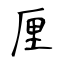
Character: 厘